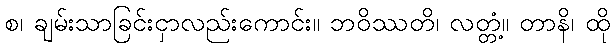
စ၊ ချမ်းသာခြင်းငှာလည်းကောင်း။ ဘဝိဿတိ၊ လတ္တံ့။ တာနိ၊ ထို